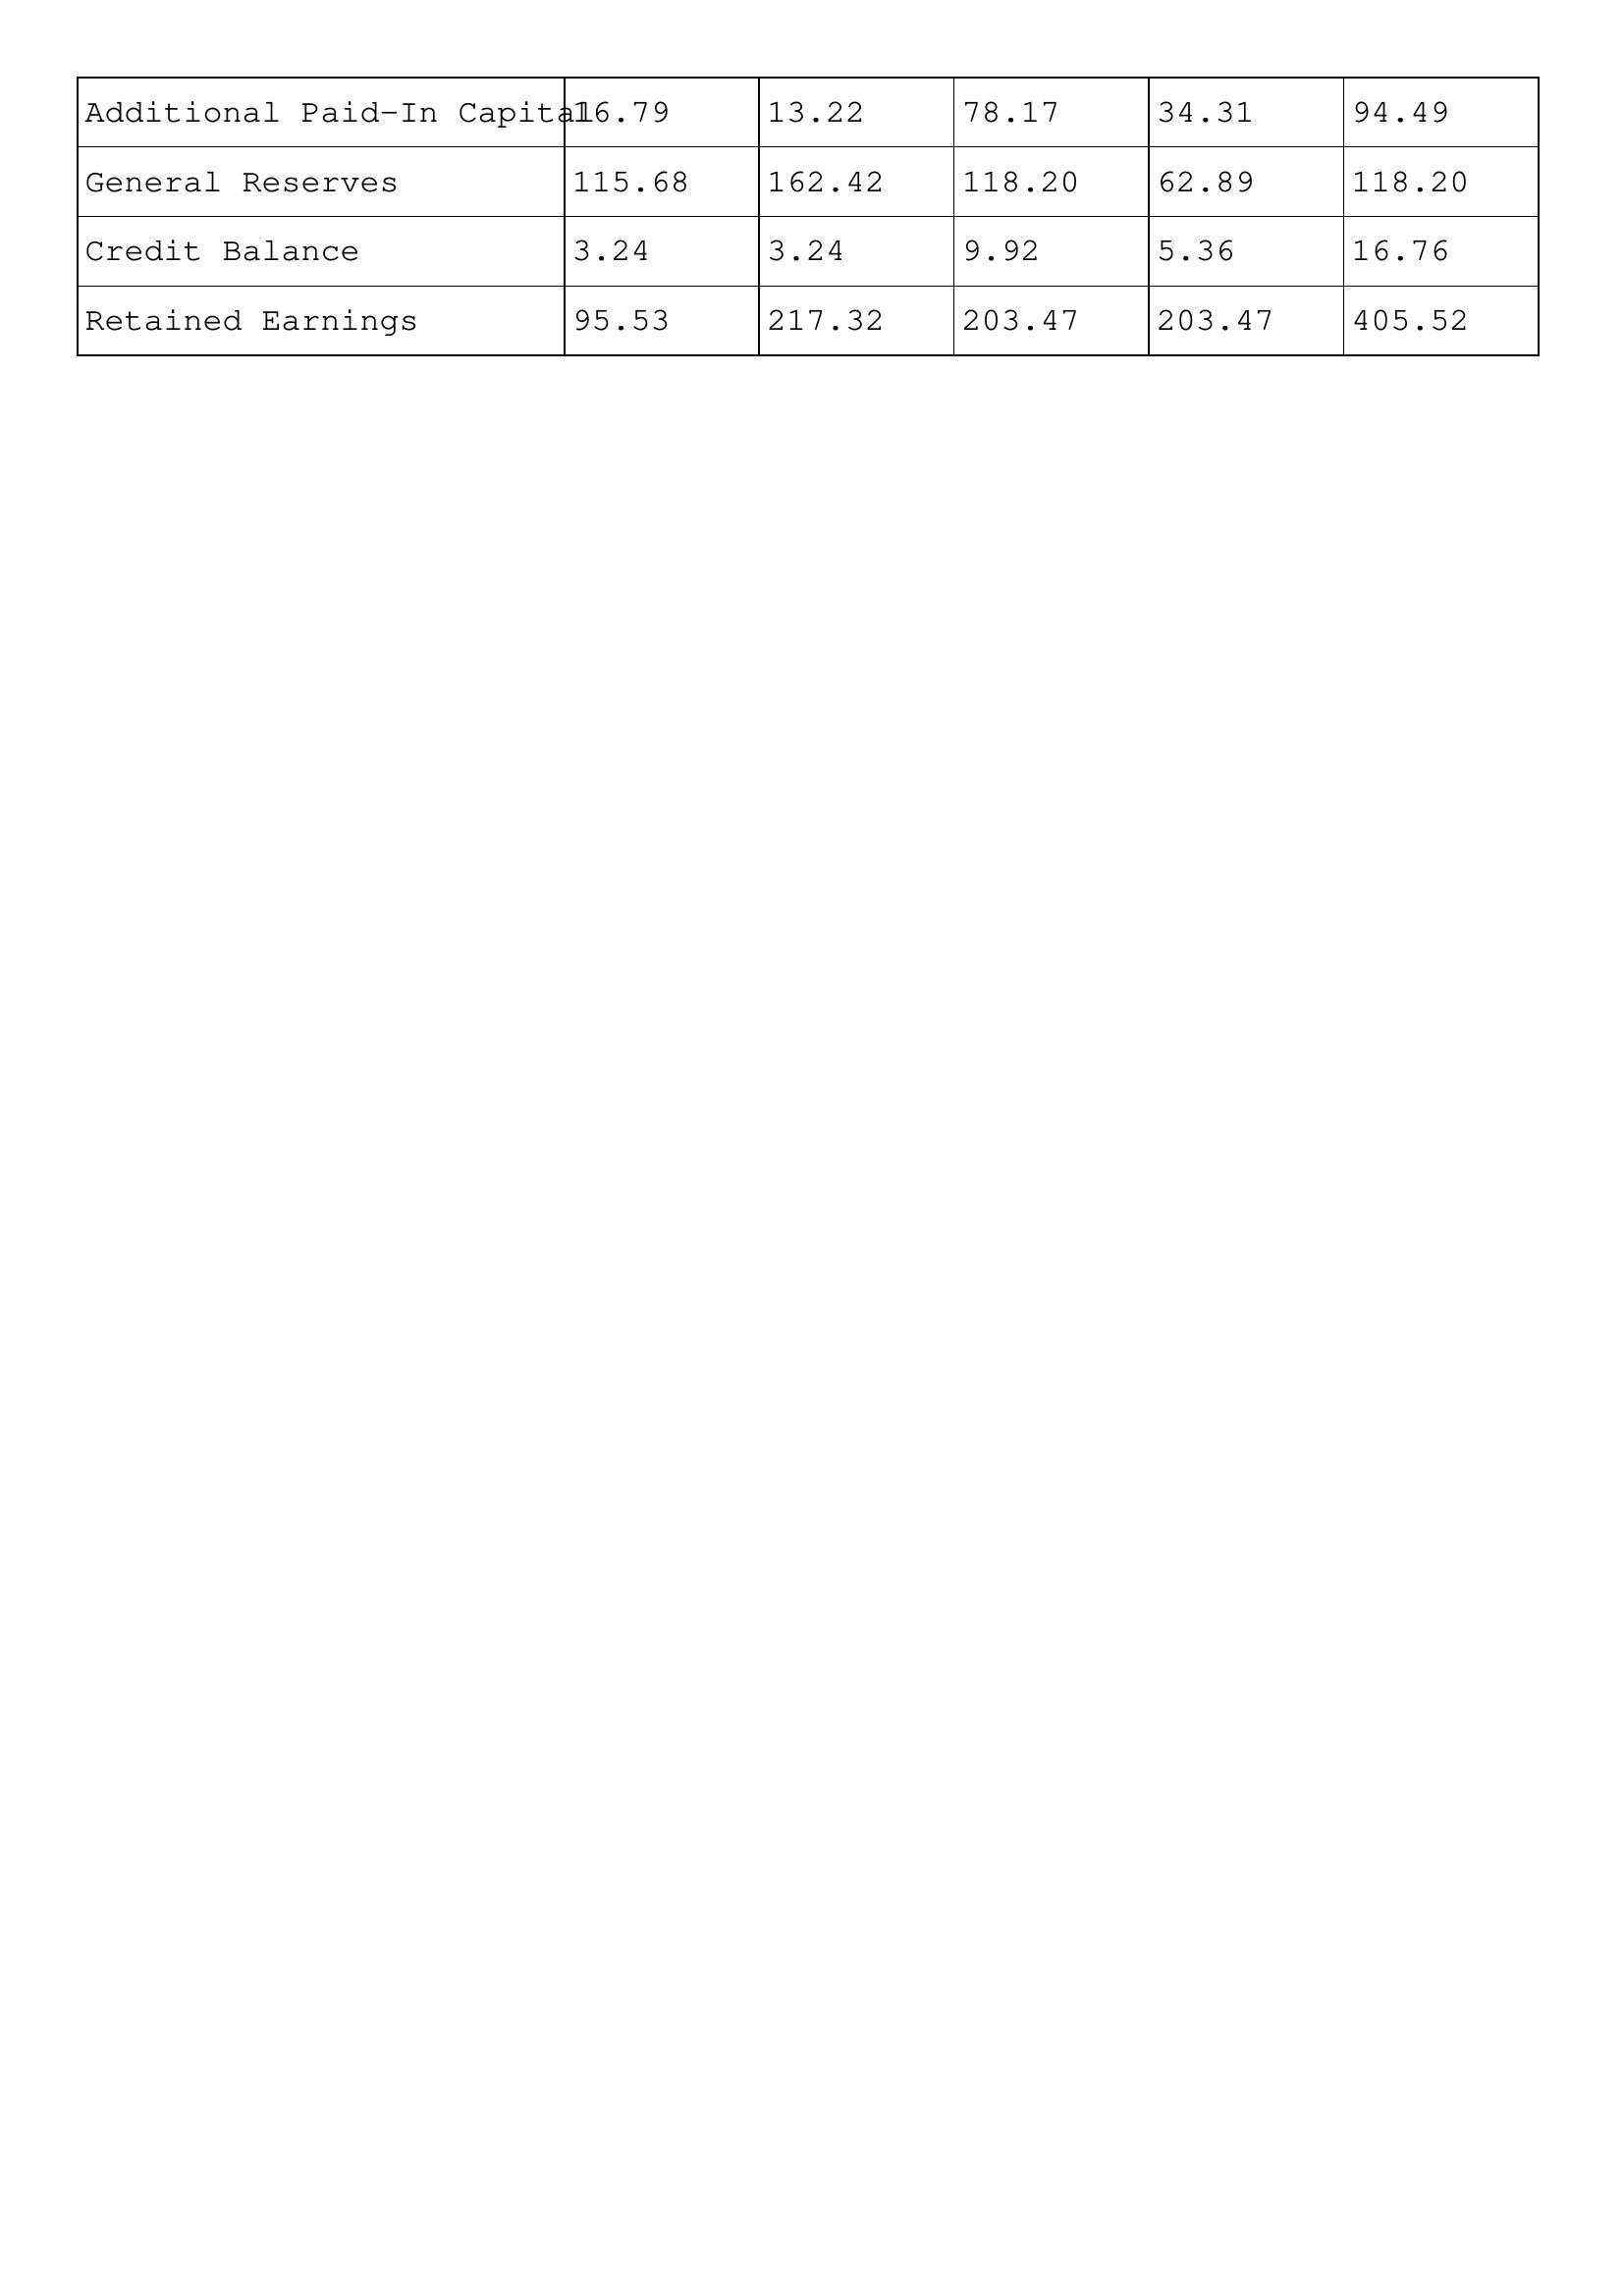
gt_parse: 2000: Additional Paid-In Capital: 16.79
General Reserves: 115.68
Credit Balance: 3.24
Retained Earnings: 95.53
1999: Additional Paid-In Capital: 13.22
General Reserves: 162.42
Credit Balance: 3.24
Retained Earnings: 217.32
1998: Additional Paid-In Capital: 78.17
General Reserves: 118.20
Credit Balance: 9.92
Retained Earnings: 203.47
1997: Additional Paid-In Capital: 34.31
General Reserves: 62.89
Credit Balance: 5.36
Retained Earnings: 203.47
1996: Additional Paid-In Capital: 94.49
General Reserves: 118.20
Credit Balance: 16.76
Retained Earnings: 405.52